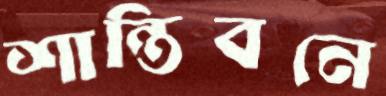
শান্তিবনে